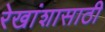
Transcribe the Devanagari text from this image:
रेखांशासाठी